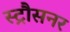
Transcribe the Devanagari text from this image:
स्ट्रौसनर